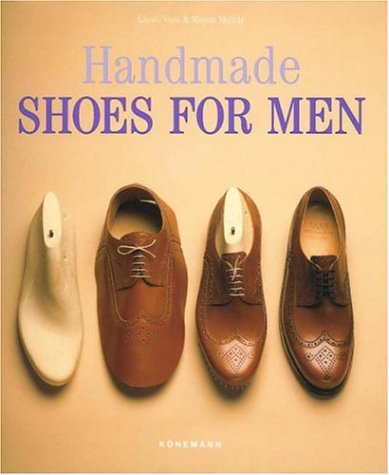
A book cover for Handmade Shoes for Men; Magda Molnar; Health, Fitness & Dieting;